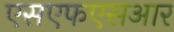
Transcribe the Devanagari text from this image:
एसएफएसआर